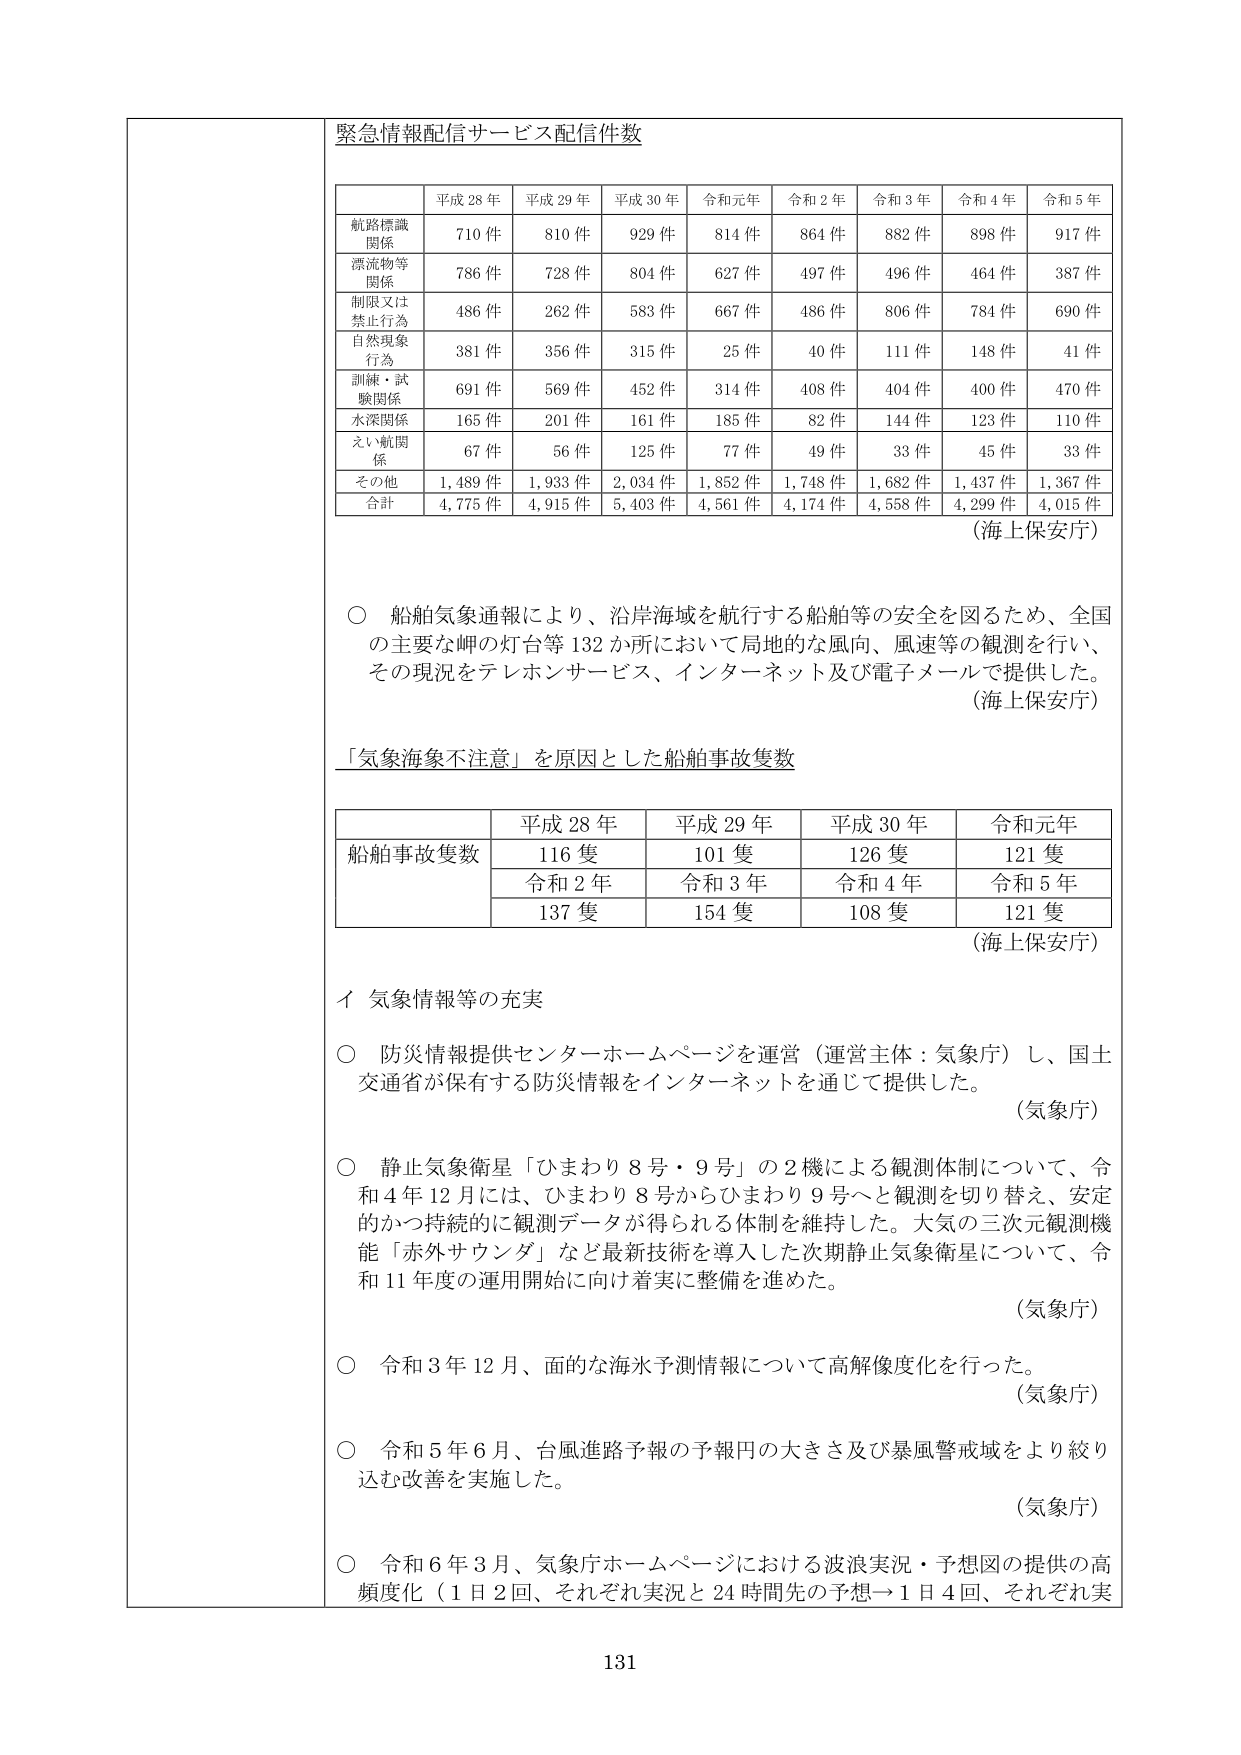
緊急情報配信サービス配信件数

平成28年 平成29年 平成30年 令和元年 令和2年 令和3年 令和4年 令和5年
航路標識関係 710件 810件 929件 814件 864件 882件 898件 917件
漂流物等関係 786件 728件 804件 627件 497件 496件 464件 387件
制限又は禁止行為 486件 262件 583件 667件 486件 806件 784件 690件
自然現象行為 381件 356件 315件 25件 40件 111件 148件 41件
訓練・試験関係 691件 569件 452件 314件 408件 404件 400件 470件
水深関係 165件 201件 161件 185件 82件 144件 123件 110件
えい航関係 67件 56件 125件 77件 49件 33件 45件 33件
その他 1,489件 1,933件 2,034件 1,852件 1,748件 1,682件 1,437件 1,367件
合計 4,775件 4,915件 5,403件 4,561件 4,174件 4,558件 4,299件 4,015件
（海上保安庁）

○ 船舶気象通報により、沿岸海域を航行する船舶等の安全を図るため、全国の主要な岬の灯台等132か所において局地的な風向、風速等の観測を行い、その現況をテレホンサービス、インターネット及び電子メールで提供した。
（海上保安庁）

「気象海象不注意」を原因とした船舶事故隻数

平成28年 平成29年 平成30年 令和元年
船舶事故隻数 116隻 101隻 126隻 121隻
令和2年 令和3年 令和4年 令和5年
137隻 154隻 108隻 121隻
（海上保安庁）

イ 気象情報等の充実

○ 防災情報提供センターホームページを運営（運営主体：気象庁）し、国土交通省が保有する防災情報をインターネットを通じて提供した。
（気象庁）

○ 静止気象衛星「ひまわり8号・9号」の2機による観測体制について、令和4年12月には、ひまわり8号からひまわり9号へと観測を切り替え、安定的かつ持続的に観測データが得られる体制を維持した。大気の三次元観測機能「赤外サウンダ」など最新技術を導入した次期静止気象衛星について、令和11年度の運用開始に向け着実に整備を進めた。
（気象庁）

○ 令和3年12月、面的な海水予測情報について高解像度化を行った。
（気象庁）

○ 令和5年6月、台風進路予報の予報円の大きさ及び暴風警戒域をより絞り込む改善を実施した。
（気象庁）

○ 令和6年3月、気象庁ホームページにおける波浪実況・予想図の提供の高頻度化（1日2回、それぞれ実況と24時間先の予想→1日4回、それぞれ実

131